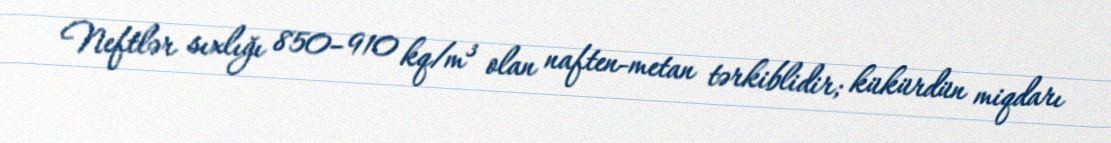
Neftlər sıxlığı 850–910 kq/m³ olan naften-metan tərkiblidir; kükürdün miqdarı